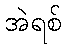
အဲရစ်